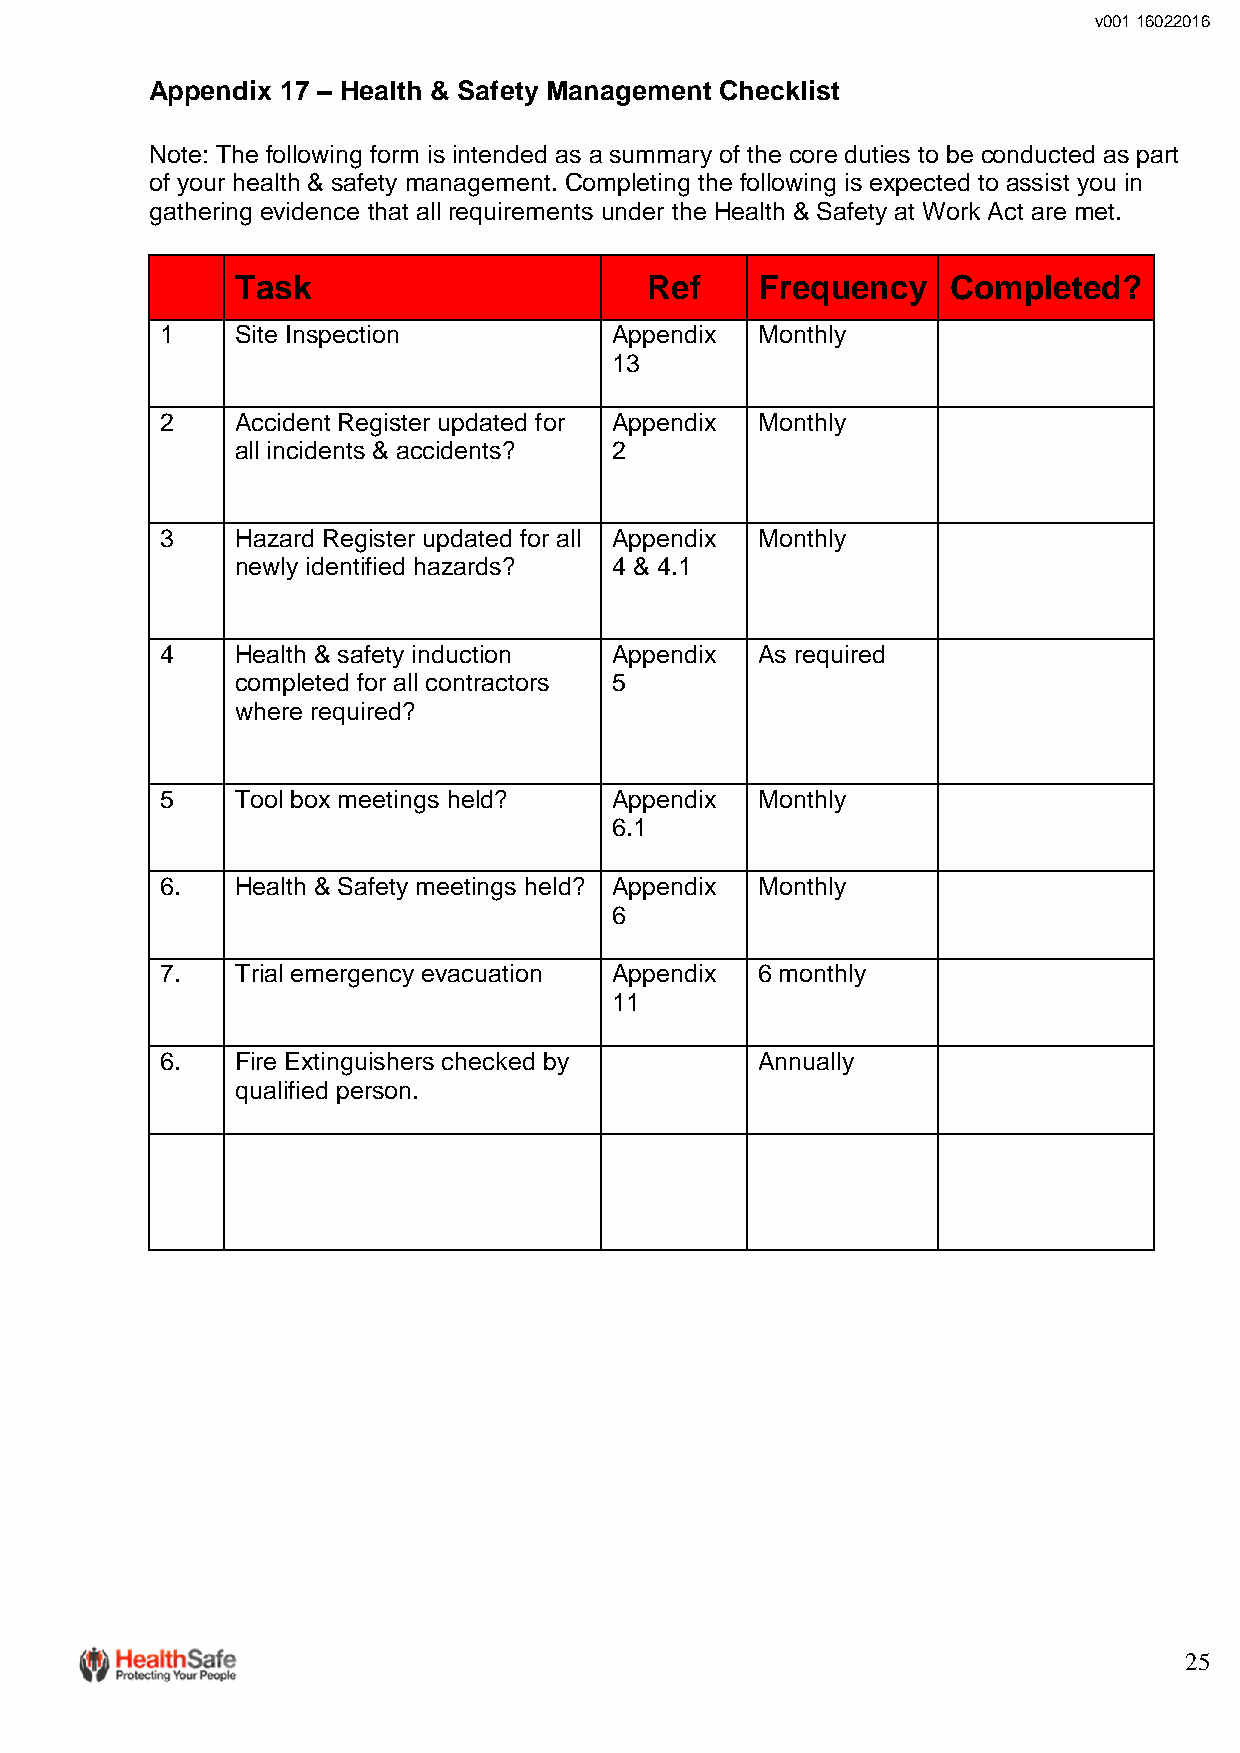
v001 16022016
 Appendix 17 – Health & Safety Management Checklist
 Note: The following form is intended as a summary of the core duties to be conducted as part
 of your health & safety management. Completing the following is expected to assist you in
 gathering evidence that all requirements under the Health & Safety at Work Act are met.
 Task                       Ref    Frequency    Completed?
 1    Site Inspection          Appendix Monthly
 13
 2    Accident Register updated for Appendix Monthly
 all incidents & accidents? 2
 3    Hazard Register updated for all Appendix Monthly
 newly identified hazards? 4 & 4.1
 4    Health & safety induction Appendix As required
 completed for all contractors 5
 where required?
 5    Tool box meetings held?  Appendix Monthly
 6.1
 6.   Health & Safety meetings held? Appendix Monthly
 6
 7.   Trial emergency evacuation Appendix 6 monthly
 11
 6.   Fire Extinguishers checked by     Annually
 qualified person.
 25